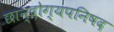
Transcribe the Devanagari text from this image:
छान्दोग्यपनिषद